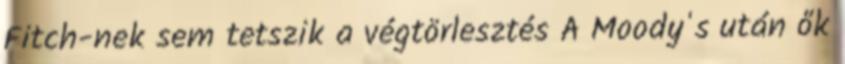
Fitch-nek sem tetszik a végtörlesztés A Moody's után ők